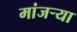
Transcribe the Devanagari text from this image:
मांजर्‍या